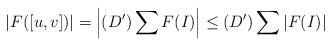
LaTeX: \begin{align*}|F([u,v])| = \left|(D')\sum F(I)\right| \leq (D') \sum |F(I)|\end{align*}